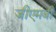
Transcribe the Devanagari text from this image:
जीएमबी